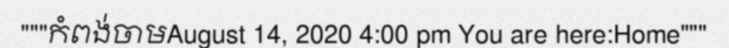
"""កំពង់ចាមAugust 14, 2020 4:00 pm You are here:Home"""